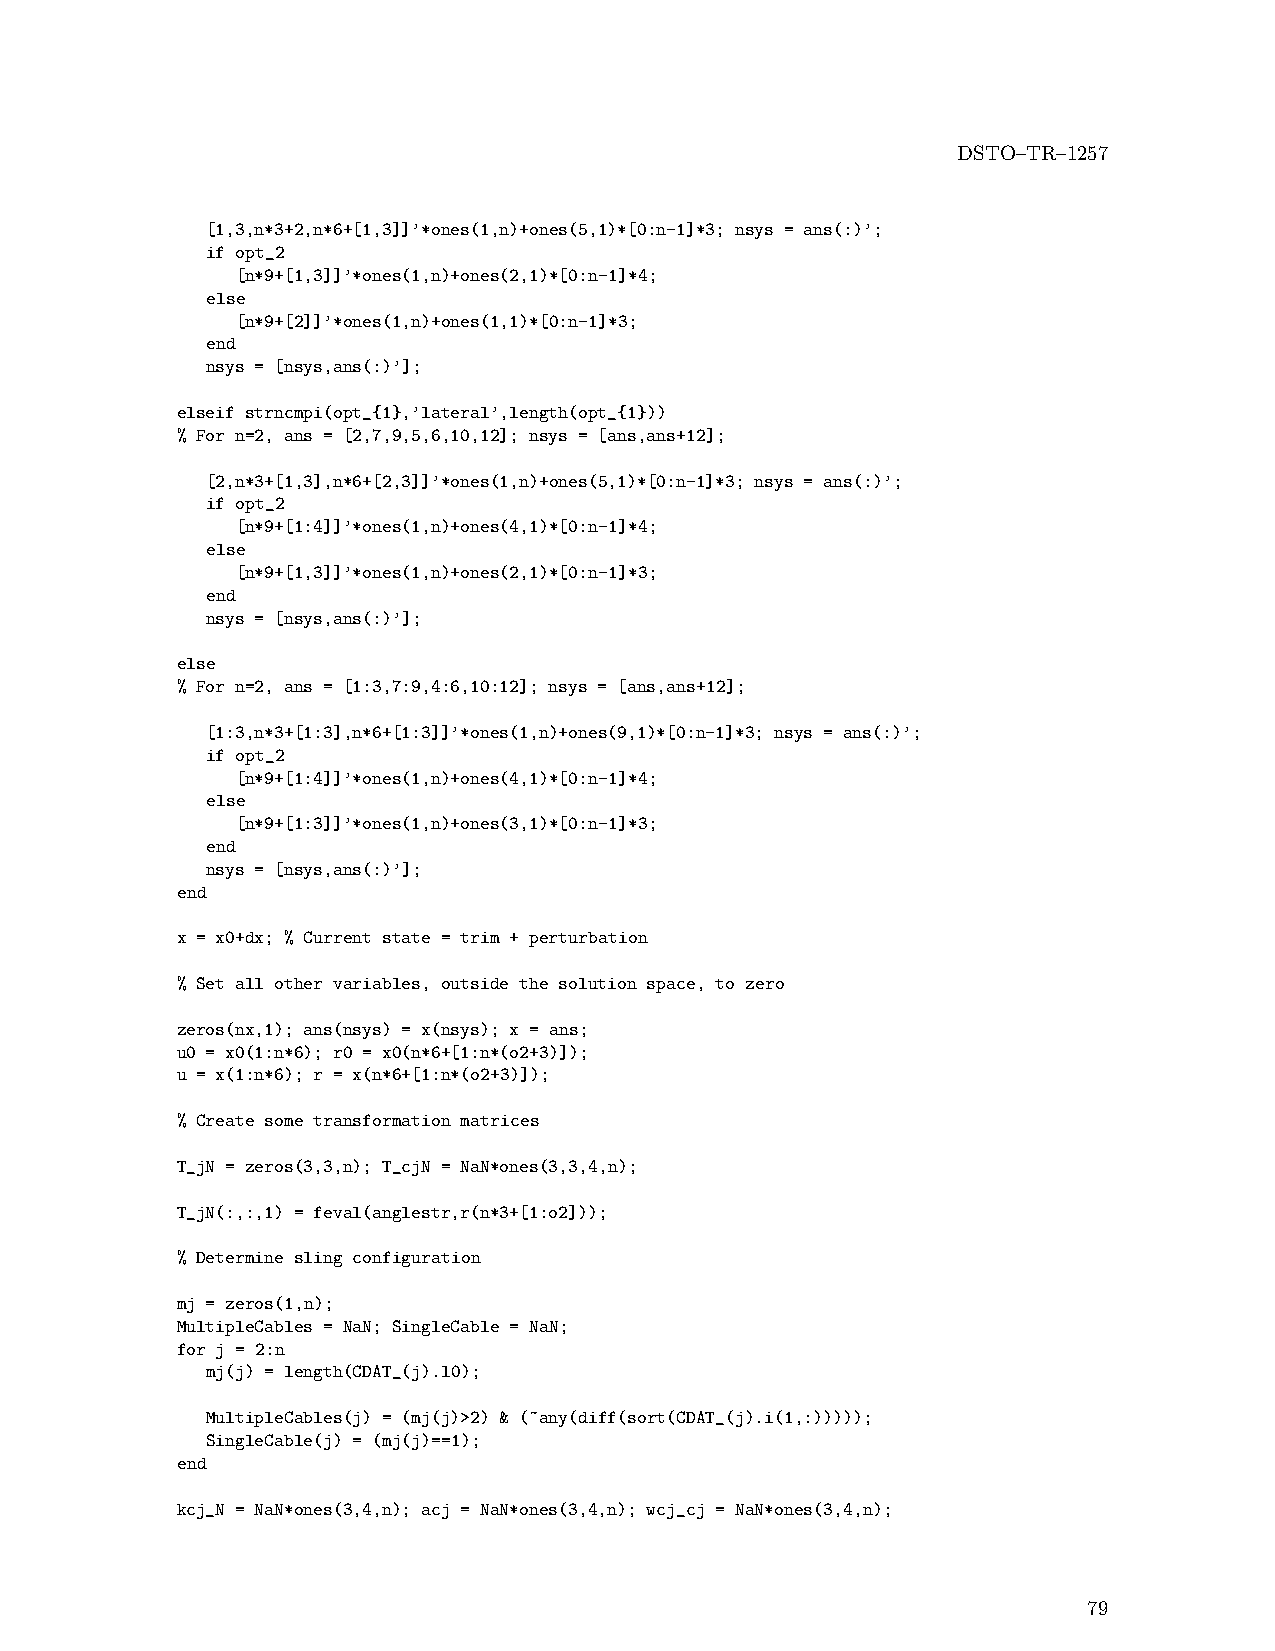
DSTO–TR–1257
 [1,3,n*3+2,n*6+[1,3]]’*ones(1,n)+ones(5,1)*[0:n-1]*3; nsys = ans(:)’;
 if opt_2
 [n*9+[1,3]]’*ones(1,n)+ones(2,1)*[0:n-1]*4;
 else
 [n*9+[2]]’*ones(1,n)+ones(1,1)*[0:n-1]*3;
 end
 nsys = [nsys,ans(:)’];
 elseif strncmpi(opt_{1},’lateral’,length(opt_{1}))
 % For n=2, ans = [2,7,9,5,6,10,12]; nsys = [ans,ans+12];
 [2,n*3+[1,3],n*6+[2,3]]’*ones(1,n)+ones(5,1)*[0:n-1]*3; nsys = ans(:)’;
 if opt_2
 [n*9+[1:4]]’*ones(1,n)+ones(4,1)*[0:n-1]*4;
 else
 [n*9+[1,3]]’*ones(1,n)+ones(2,1)*[0:n-1]*3;
 end
 nsys = [nsys,ans(:)’];
 else
 % For n=2, ans = [1:3,7:9,4:6,10:12]; nsys = [ans,ans+12];
 [1:3,n*3+[1:3],n*6+[1:3]]’*ones(1,n)+ones(9,1)*[0:n-1]*3; nsys = ans(:)’;
 if opt_2
 [n*9+[1:4]]’*ones(1,n)+ones(4,1)*[0:n-1]*4;
 else
 [n*9+[1:3]]’*ones(1,n)+ones(3,1)*[0:n-1]*3;
 end
 nsys = [nsys,ans(:)’];
 end
 x = x0+dx; % Current state = trim + perturbation
 % Set all other variables, outside the solution space, to zero
 zeros(nx,1); ans(nsys) = x(nsys); x = ans;
 u0 = x0(1:n*6); r0 = x0(n*6+[1:n*(o2+3)]);
 u = x(1:n*6); r = x(n*6+[1:n*(o2+3)]);
 % Create some transformation matrices
 T_jN = zeros(3,3,n); T_cjN = NaN*ones(3,3,4,n);
 T_jN(:,:,1) = feval(anglestr,r(n*3+[1:o2]));
 % Determine sling configuration
 mj = zeros(1,n);
 MultipleCables = NaN; SingleCable = NaN;
 for j = 2:n
 mj(j) = length(CDAT_(j).l0);
 MultipleCables(j) = (mj(j)>2) & (~any(diff(sort(CDAT_(j).i(1,:)))));
 SingleCable(j) = (mj(j)==1);
 end
 kcj_N = NaN*ones(3,4,n); acj = NaN*ones(3,4,n); wcj_cj = NaN*ones(3,4,n);
 79